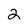
Character: 2